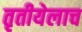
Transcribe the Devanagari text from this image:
तृतीयेलाच